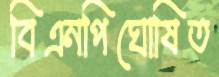
বিএনপিঘোষিত